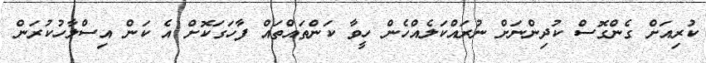
ކުރިއަށް ގެންގޮސް ކުދިންނަށް ނުރައްކަލެއްހެން ހީވާ ކަންތައްތައް ފާހަގަކޮށް އެ ކަން އިސްލާހުކުރަން